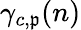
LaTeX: \gamma_{c,\mathfrak{p}}(n)